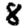
Digit: 8